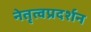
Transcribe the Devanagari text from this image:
नेतृत्वप्रदर्शन